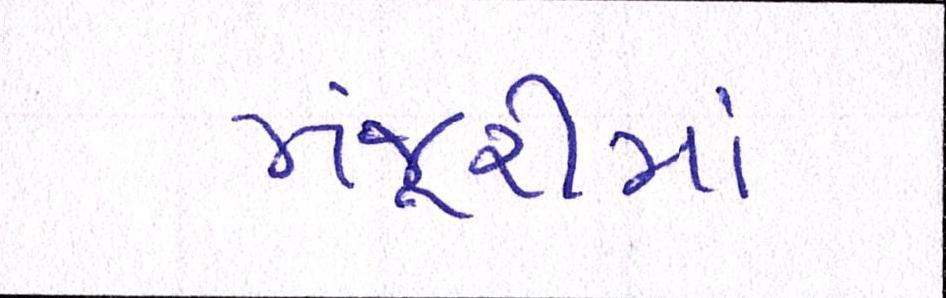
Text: મંજૂરીમાં